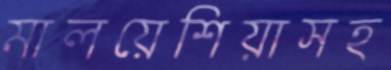
মালয়েশিয়াসহ